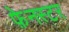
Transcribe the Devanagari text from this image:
फ़ेनस्टर